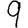
Digit: 9